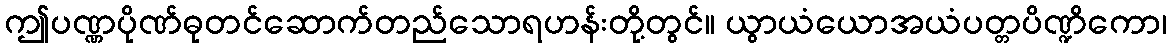
ဤပဏ္ဏပိုဏ်ဓုတင်ဆောက်တည်သောရဟန်းတို့တွင်။ ယွာယံယောအယံပတ္တပိဏ္ဍိကော၊